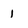
Character: 1